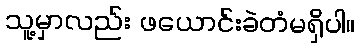
သူ့မှာလည်း ဖယောင်းခဲတံမရှိပါ။